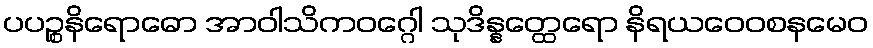
ပပဉ္စနိရောဓော အာဝါသိကဝဂ္ဂေါ သုဒိန္နတ္ထေရော နိရယဝေဝစနမေဝ